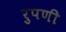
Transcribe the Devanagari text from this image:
रुपणी